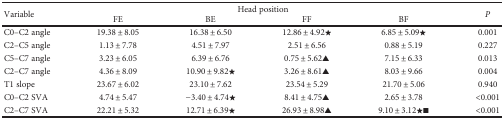
<table><thead><tr><td rowspan="2"><b>Variable</b></td><td colspan="4"><b>Head position</b></td><td rowspan="2"><b><i>P</i></b></td></tr><tr><td><b>FE</b></td><td><b>BE</b></td><td><b>FF</b></td><td><b>BF</b></td></tr></thead><tbody><tr><td>C0–C2 angle</td><td>19.38 ± 8.05</td><td>16.38 ± 6.50</td><td>12.86 ± 4.92★</td><td>6.85 ± 5.09★</td><td>0.001</td></tr><tr><td>C2–C5 angle</td><td>1.13 ± 7.78</td><td>4.51 ± 7.97</td><td>2.51 ± 6.56</td><td>0.88 ± 5.19</td><td>0.227</td></tr><tr><td>C5–C7 angle</td><td>3.23 ± 6.05</td><td>6.39 ± 6.76</td><td>0.75 ± 5.62▲</td><td>7.15 ± 6.33</td><td>0.013</td></tr><tr><td>C2–C7 angle</td><td>4.36 ± 8.09</td><td>10.90 ± 9.82★</td><td>3.26 ± 8.61▲</td><td>8.03 ± 9.66</td><td>0.004</td></tr><tr><td>T1 slope</td><td>23.67 ± 6.02</td><td>23.10 ± 7.62</td><td>23.54 ± 5.29</td><td>21.70 ± 5.06</td><td>0.940</td></tr><tr><td>C0–C2 SVA</td><td>4.74 ± 5.47</td><td>−3.40 ± 4.74★</td><td>8.41 ± 4.75▲</td><td>2.65 ± 3.78</td><td>&lt;0.001</td></tr><tr><td>C2–C7 SVA</td><td>22.21 ± 5.32</td><td>12.71 ± 6.39★</td><td>26.93 ± 8.98▲</td><td>9.10 ± 3.12★■</td><td>&lt;0.001</td></tr></tbody></table>